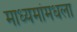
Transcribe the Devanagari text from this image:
माध्यमांमधला